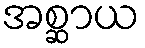
အစ္ဆာယ